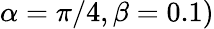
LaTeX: \alpha=\pi/4,\beta=0.1)